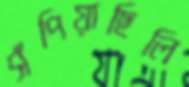
সঁপিয়াছিলি